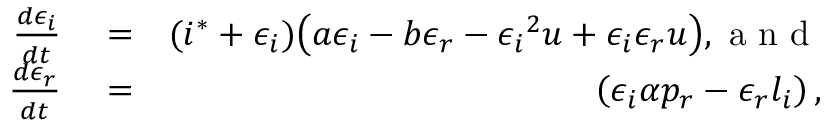
\begin{array} { r l r } { \frac { d \epsilon _ { i } } { d t } } & { { } = } & { ( i ^ { * } + \epsilon _ { i } ) \big ( a \epsilon _ { i } - b \epsilon _ { r } - { \epsilon _ { i } } ^ { 2 } u + \epsilon _ { i } \epsilon _ { r } u \big ) , \mathrm { ~ a ~ n ~ d ~ } } \\ { \frac { d \epsilon _ { r } } { d t } } & { { } = } & { \left( \epsilon _ { i } \alpha p _ { r } - \epsilon _ { r } l _ { i } \right) , } \end{array}